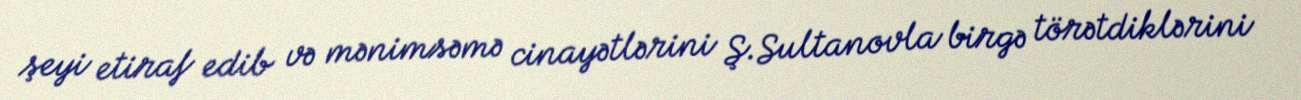
şeyi etiraf edib və mənimsəmə cinayətlərini Ş.Sultanovla birgə törətdiklərini